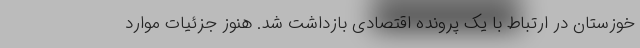
خوزستان در ارتباط با یک پرونده اقتصادی بازداشت شد. هنوز جزئیات موارد